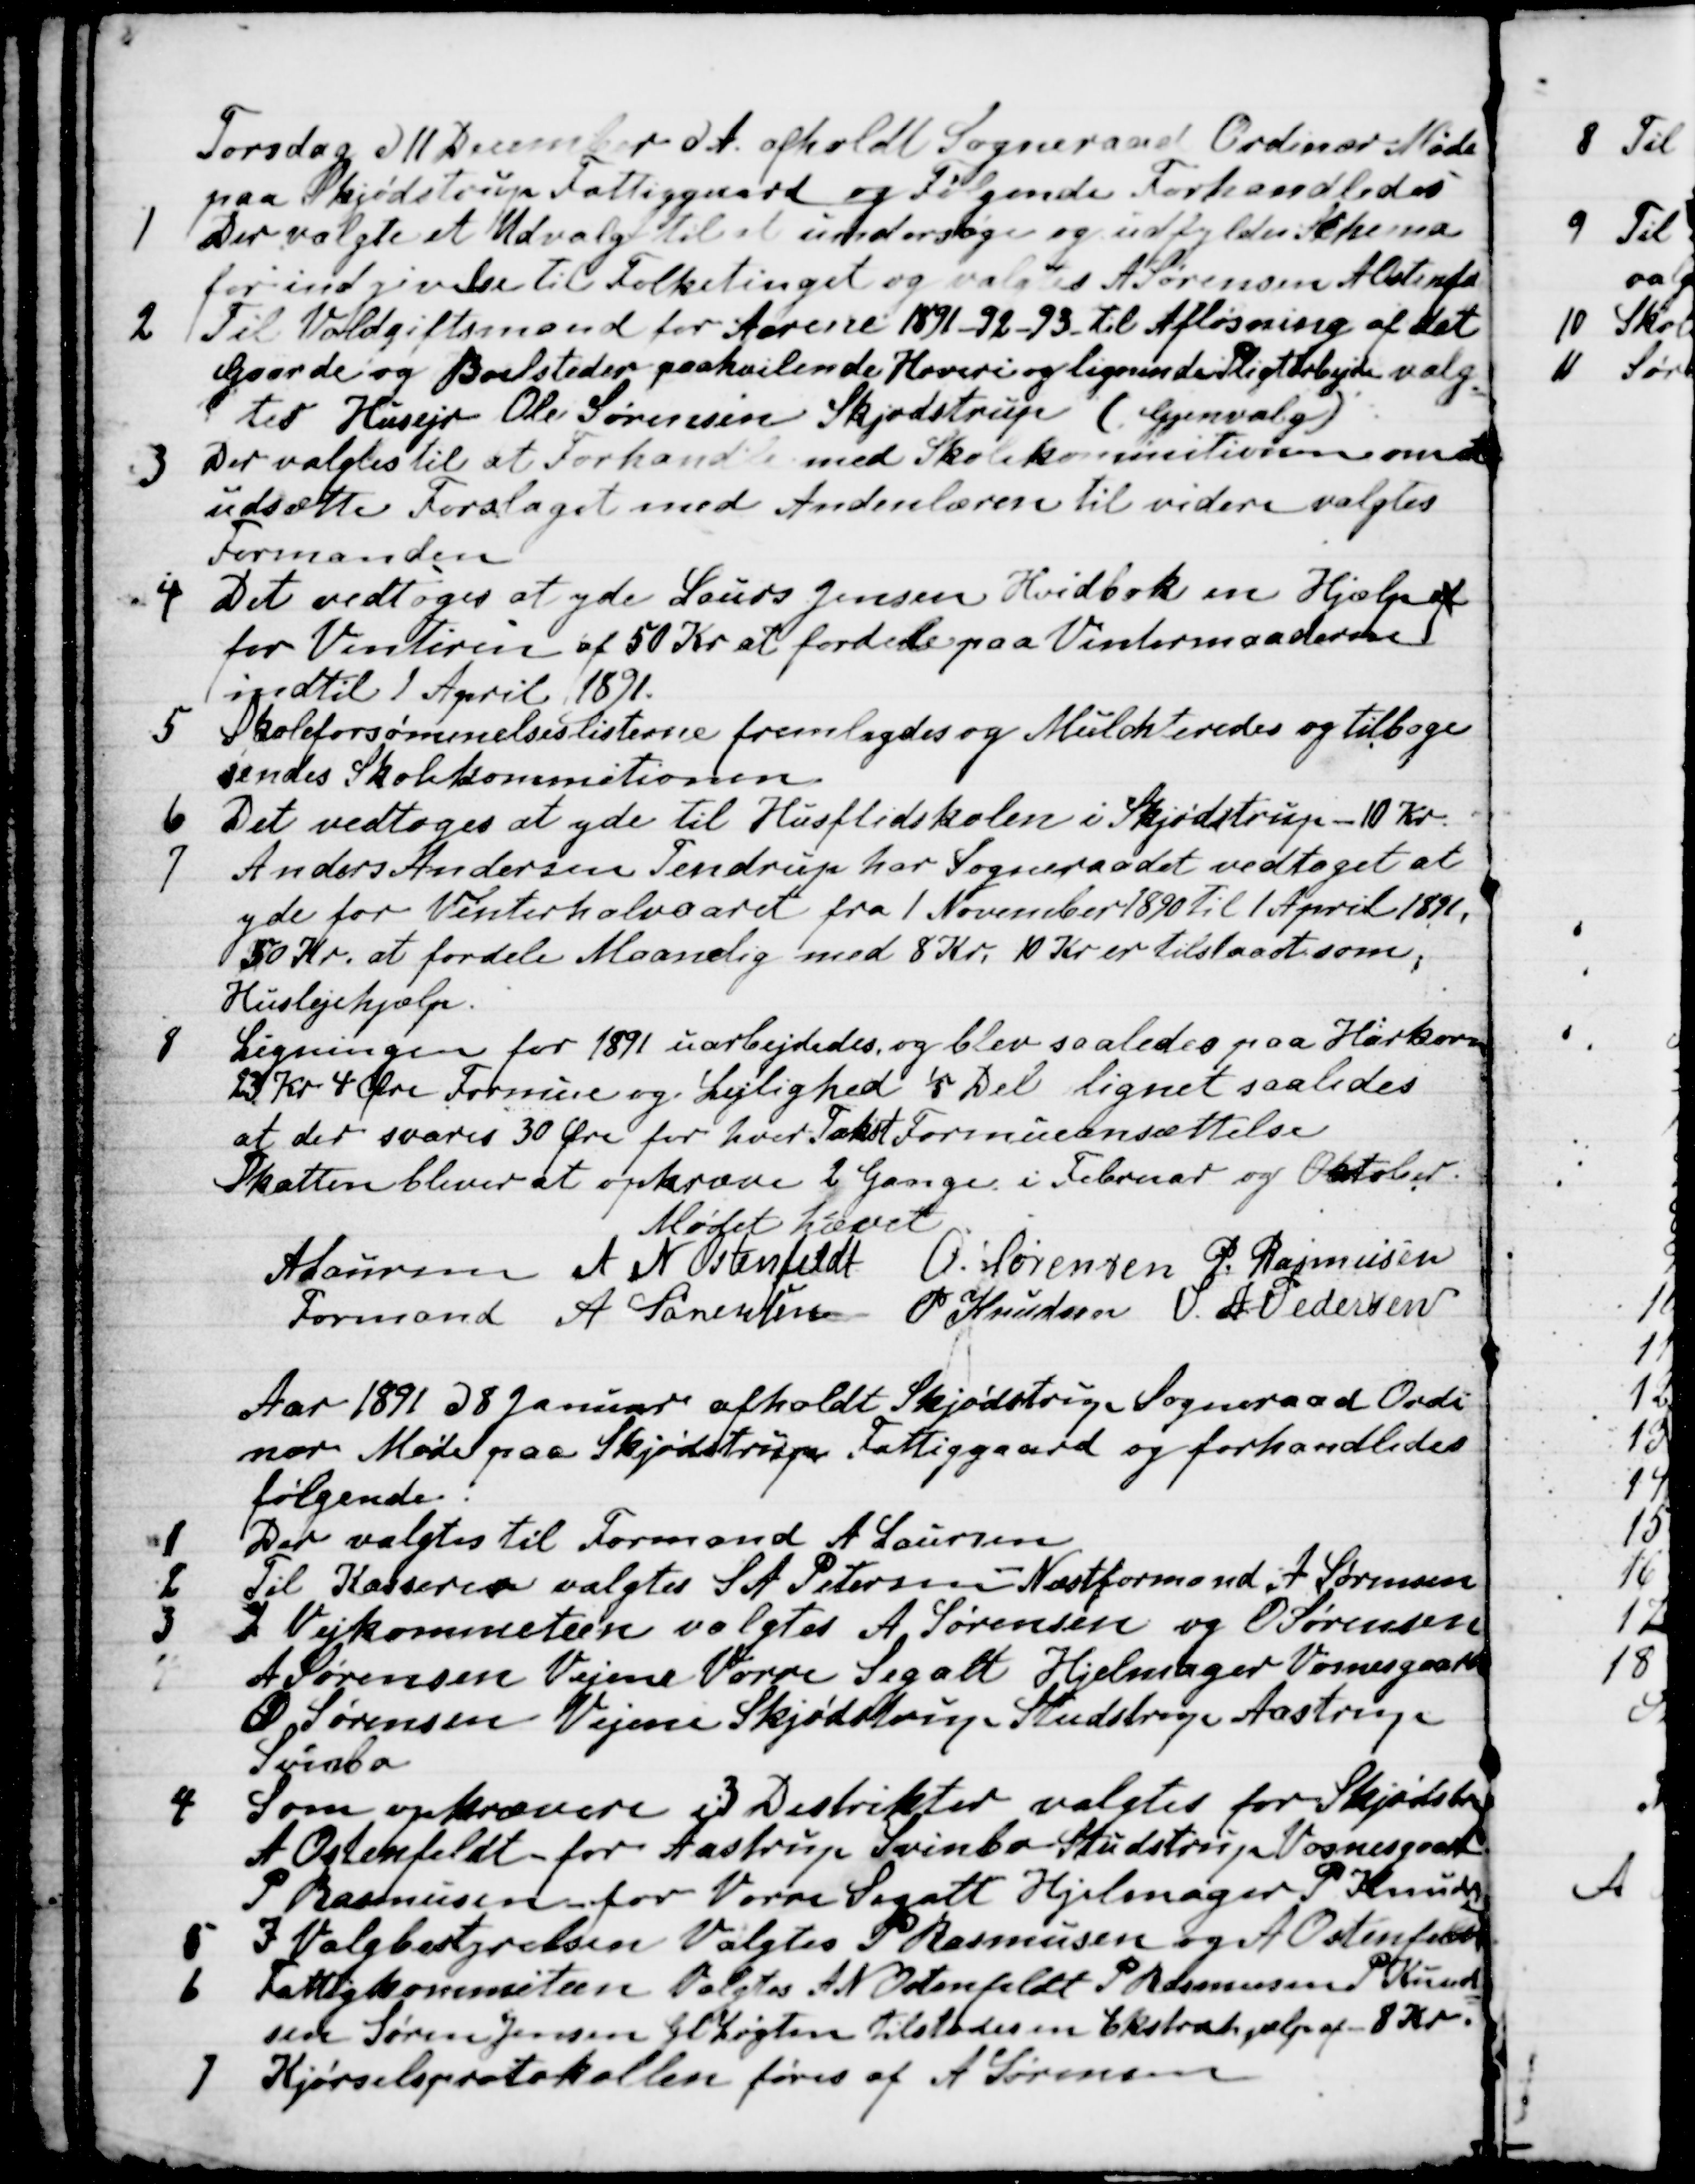
Transskription:
Torsdag d 11 December d. A. afholdt Sogneraad Ordinær Møde
paa Skjødstrup Fattiggaard og Følgende Forhandledes
1
Der valgte et Udvalg til at undersøge og udfyldes Schema
for indgivelse til Folketinget og valgtes A Sørensen A Ostenfeld
2
Til Voldgiftsmænd for Aarene 1891-92-93 til Afløsning af det
Gaarde og Boelsteder paahvilende Hoveri og lignende Pligtarbejde valg-
tes Husejer Ole Sørensen Skjødstrup (Gjenvalg)
3
Der valgtes til at Forhandle med Skolekommitionen om at
udsætte Forslaget med Andenlæren til videre valgtes
Formanden
4
Det vedtoges at yde Laurs Jensen Hvidbak en Hjælp af
for Vinteren af 50 Kr at fordele paa Vintermaaderne
indtil 1 April 1891.
5
Skoleforsømmelseslisterne fremlagdes og Mulchteredes og tilbage
sendes Skolekommitionen
6
Det vedtoges at yde til Husflidskolen i Skjødstrup - 10 Kr.
7
Anders Andersen Tendrup har Sogneraadet vedtaget at
yde for Vinterhalvaaret fra 1 November 1890 til 1 April 1891,
30 Kr. at fordele Maanelig med 8 Kr, 10 Kr er tilstaaet som
Huslejehjælp.
8
Ligningen for 1891 uarbejdedes, og blev saaledes paa Harkorn
23 Kr 4 Øre Formue og Lejlighed 1/5 Del lignet saaledes
at der svares 30 Øre for hver Takst Formueansættelse
Skatten bliver at opkræve 2 Gange i Februar og Oktober.
Mødet hævet
A Laursen 
Formand 
A N Ostenfeldt O. Sørensen P. Rasmussen
A Sørensen P Knudsen S. A. Pedersen
Aar 1891 d 8 Januar afholdt Skjødstrup Sogneraad Ordi
nær Møde paa Skjødstrup Fattiggaard og forhandledes
følgende
1
Der valgtes til Formand A. Laursen
2
Til Kasserer valgtes S. A. Petersen - Næstformand A Sørensen
3
I Vejkommiteen valgtes A Sørensen og O Sørensen
A Sørensen Vejene Vorre Segalt Hjelmager Vognesgaard
O Sørensen Vejene Skjødstrup - Studstrup Aastrup
Svinbo
4
Som opkrævere i 3 Distrikter valgtes for Skjødstrup
A Ostenfeldt for Aastrup Svinbo Studstrup Vosnesgaard
P Rasmussen for Vorre Segalt Hjelmager P. Knudsen
5
I Valgbestyrelsen Valgtes P Rasmussen og A Ostenfeldt
6
 Fattigkommiteen Valgtes A N Ostenfeldt P Rasmussen P. Knud-
sen Søren Jensen Gl Løgten tilstodes en Ekstrahjælp af 8 Kr.
7 
Kjørselsprotokollen føres af A Sørensen